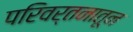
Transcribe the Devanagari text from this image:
परिवर्तनातून